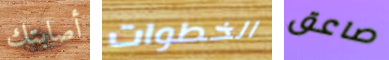
أصابتك الخطوات صاعق